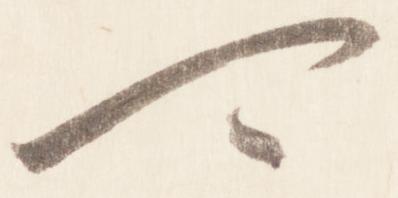
可